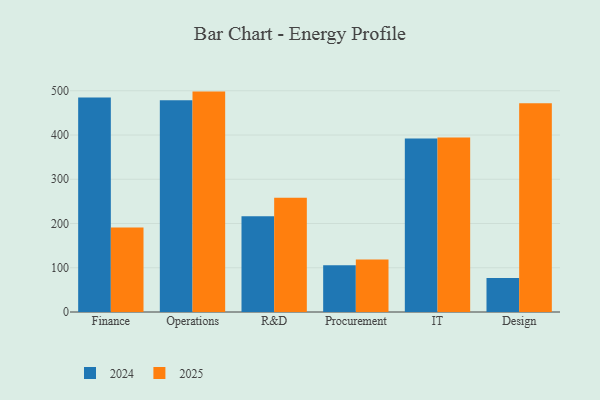
{"axis": {"x": "Department", "y": "Satisfaction Score"}, "legend": ["2024", "2025"], "data": [{"x": "Finance", "y": 485.0, "type": "2024"}, {"x": "Finance", "y": 190.8, "type": "2025"}, {"x": "Operations", "y": 478.8, "type": "2024"}, {"x": "Operations", "y": 498.1, "type": "2025"}, {"x": "R&D", "y": 216.2, "type": "2024"}, {"x": "R&D", "y": 258.0, "type": "2025"}, {"x": "Procurement", "y": 105.6, "type": "2024"}, {"x": "Procurement", "y": 118.7, "type": "2025"}, {"x": "IT", "y": 392.1, "type": "2024"}, {"x": "IT", "y": 394.1, "type": "2025"}, {"x": "Design", "y": 76.9, "type": "2024"}, {"x": "Design", "y": 471.7, "type": "2025"}]}